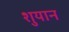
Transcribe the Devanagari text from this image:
शुयान